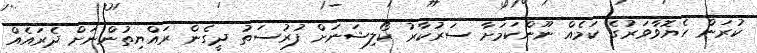
ކުރަން ހެޔޮވާވަރުގެ ކަމެއް ނޫންކަމަށާ ސަރުކާރު ކޯލިޝަނަށް ފުރުސަތު ދީގެން ރައްޔިތުންނަށް ދެރައެއް